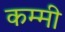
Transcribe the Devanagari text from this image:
कम्मी